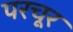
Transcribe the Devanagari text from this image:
परचूर